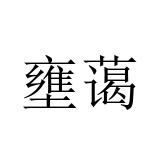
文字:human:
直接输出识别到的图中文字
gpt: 壅蔼